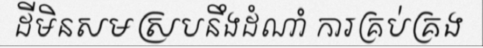
ដីមិនសមស្របនឹងដំណាំ ការគ្រប់គ្រង